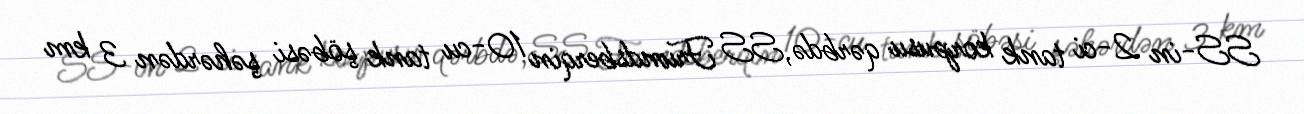
SS-in 2-ci tank korpusu qərbdə,SS Frundsberqin 10-cu tank şöbəsi şəhərdən 3 km